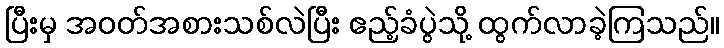
ပြီးမှ အဝတ်အစားသစ်လဲပြီး ဧည့်ခံပွဲသို့ ထွက်လာခဲ့ကြသည်။